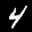
Label: 4